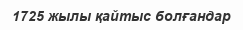
1725 жылы қайтыс болғандар